Report on vaccination proceedings throughout the Government of Bengal -
Year: 1868
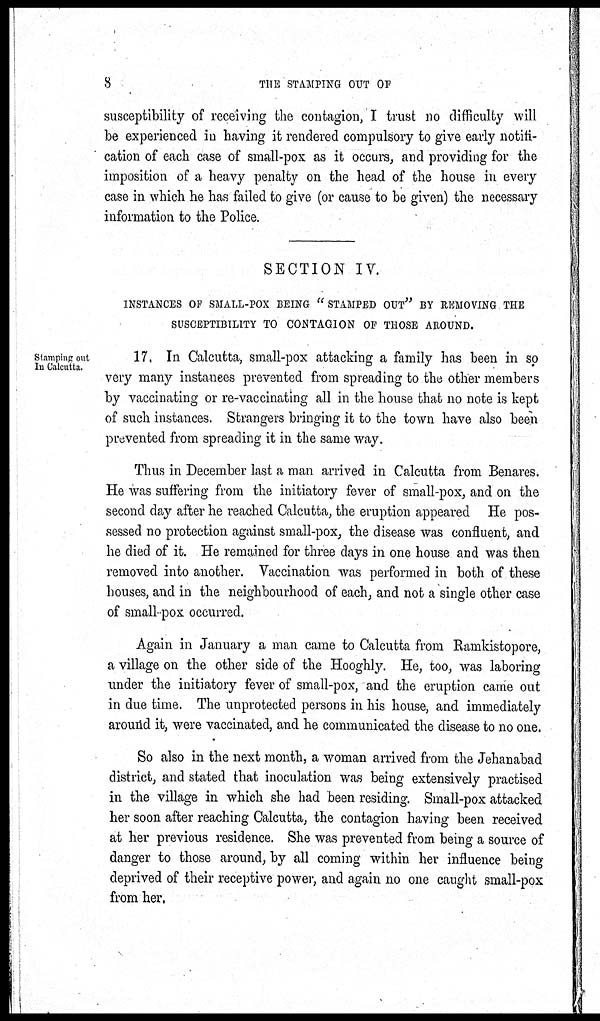
8
THE STAMPING OUT OF
susceptibility of receiving the contagion, I trust no difficulty will
be experienced in having it rendered compulsory to give early notifi-
cation of each case of small-pox as it occurs, and providing for the
imposition of a heavy penalty on the head of the house in every
case in which he has failed to give (or cause to be given) the necessary
information to the Police.
SECTION IV.
INSTANCES OF SMALL-POX BEING "STAMPED OUT" BY REMOVING THE
SUSCEPTIBILITY TO CONTAGION OF THOSE AROUND.
Stamping out
In Calcutta.
17. In Calcutta, small-pox attacking a family has been in so
very many instances prevented from spreading to the other members
by vaccinating or re-vaccinating all in the house that no note is kept
of such instances. Strangers bringing it to the town have also been
prevented from spreading it in the same way.
Thus in December last a man arrived in Calcutta from Benares.
He was suffering from the initiatory fever of small-pox, and on the
second day after he reached Calcutta, the eruption appeared He pos-
sessed no protection against small-pox, the disease was confluent, and
he died of it. He remained for three days in one house and was then
removed into another. Vaccination was performed in both of these
houses, and in the neighbourhood of each, and not a single other case
of small pox occurred.
Again in January a man came to Calcutta from Ramkistopore,
a village on the other side of the Hooghly. He, too, was laboring
under the initiatory fever of small-pox, and the eruption came out
in due time. The unprotected persons in his house, and immediately
around it, were vaccinated, and he communicated the disease to no one.
So also in the next month, a woman arrived from the Jehanabad
district, and stated that inoculation was being extensively practised
in the village in which she had been residing. Small-pox attacked
her soon after reaching Calcutta, the contagion having been received
at her previous residence. She was prevented from being a source of
danger to those around, by all coming within her influence being
deprived of their receptive power, and again no one caught small-pox
from her,